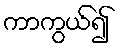
ကာကွယ်၍